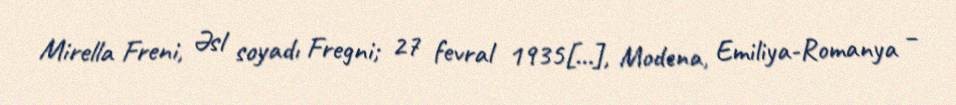
Mirella Freni, Əsl soyadı Fregni; 27 fevral 1935[…], Modena, Emiliya-Romanya –